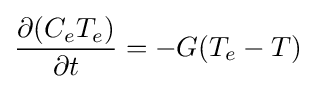
{\frac {\partial (C_{e}T_{e})}{\partial t}}=-G(T_{e}-T)